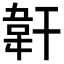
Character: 𩎒